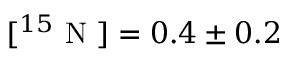
[ ^ { 1 5 } \mathrm { ~ N ~ } ] = 0 . 4 \pm 0 . 2